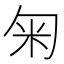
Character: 匊